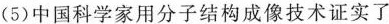
(5)中国科学家用分子结构成像技术证实了